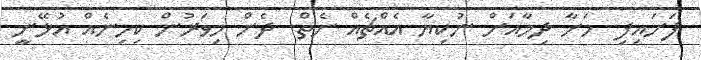
ފަށައިފި. މަށާ ދިމާއަށް ނުކިޔާ އެއްޗެއް ނެތް. ދެން މިވަރުން ކިހިނެއް އުޅޭނީ